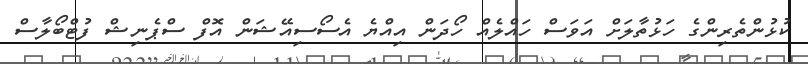
ކުޅުންތެރިންގެ ހަޅުތާލަށް އަވަސް ހައްލެއް ހޯދަން އިއްޔެ އެސޯސިއޭޝަން އޮފް ސްޕެނިޝް ފުޓްބޯލާސް